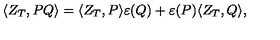
\langle Z _ { T } , P Q \rangle = \langle Z _ { T } , P \rangle \varepsilon ( Q ) + \varepsilon ( P ) \langle Z _ { T } , Q \rangle ,